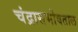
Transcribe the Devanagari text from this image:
चंद्रासभोवताल